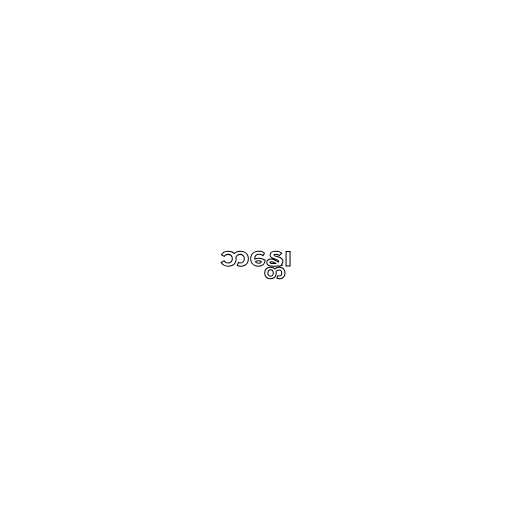
ဘန္တေ၊